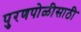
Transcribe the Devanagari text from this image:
पुरणपोळीसाठी